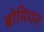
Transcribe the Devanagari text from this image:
ब्रोमियन